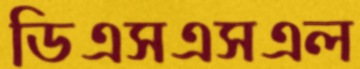
ডিএসএসএল